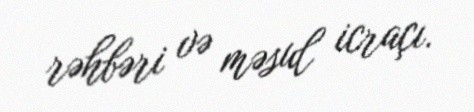
rəhbəri və məsul icraçı.